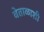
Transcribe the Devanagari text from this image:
वेताळाशी